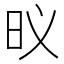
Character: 𮲛